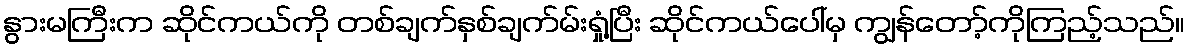
နွားမကြီးက ဆိုင်ကယ်ကို တစ်ချက်နှစ်ချက်မ်းရှုံ့ပြီး ဆိုင်ကယ်ပေါ်မှ ကျွန်တော့်ကိုကြည့်သည်။